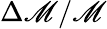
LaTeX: \Delta\mathscr{M}/\mathscr{M}